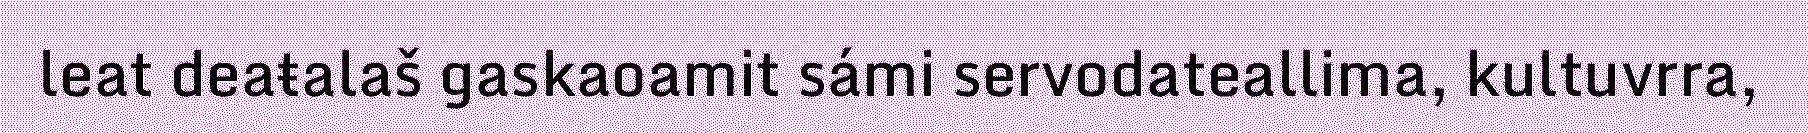
leat deaŧalaš gaskaoamit sámi servodateallima, kultuvrra,